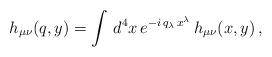
LaTeX: \begin{align*}h_{\mu\nu}(q, y)=\int\,d^4x\,e^{-i\,q_\lambda\,x^\lambda}\,h_{\mu\nu}(x,y)\,,\end{align*}